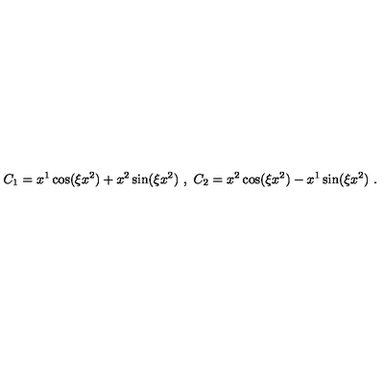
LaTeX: C _ { 1 } = x ^ { 1 } \cos ( \xi x ^ { 2 } ) + x ^ { 2 } \sin ( \xi x ^ { 2 } ) \ , \ C _ { 2 } = x ^ { 2 } \cos ( \xi x ^ { 2 } ) - x ^ { 1 } \sin ( \xi x ^ { 2 } ) \ .